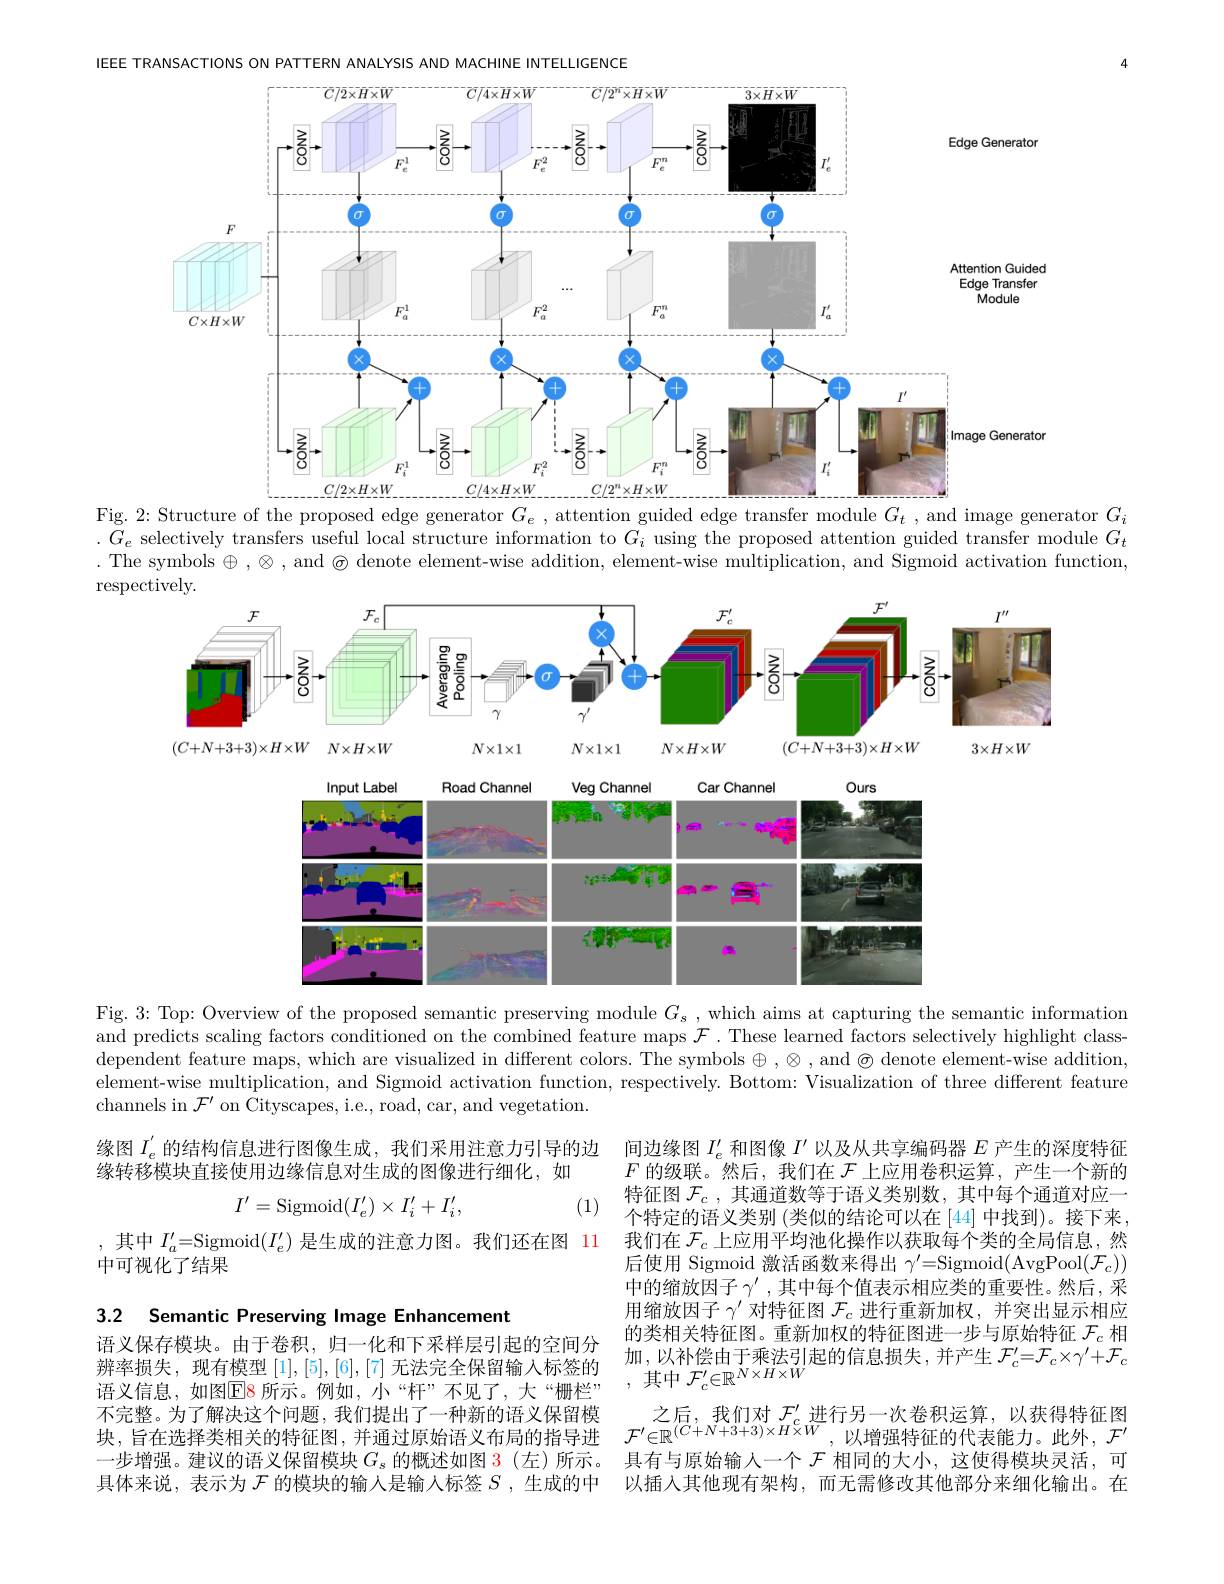
IEEE TRANSACTIONS ON PATTERN ANALYSIS AND MACHINE INTELLIGENCE
<FigureHere>
$\operatorname{Fig.}2{:}$Structure of the proposed edge generator $G_e$, attention guided edge transfer module $G_t$, and image generator $G_i$

$.G_e$ selectively transfers useful local structure information to $G_i$ using the proposed attention guided transfer module $G_t$ . The symbols $\oplus,\otimes$, and $\textcircled{\text{ denote element-wise addition, element-wise multiplication, and Sigmoid activation function}}$ respectively.

<FigureHere>

Fig. 3: Top: Overview of the proposed semantic preserving module $G_s$, which aims at capturing the semantic information and predicts scaling factors conditioned on the combined feature maps $\mathcal{F}.$ These learned factors selectively highlight classdependent feature maps, which are visualized in different colors. The symbols $\oplus,\otimes$, and $\textcircled{\:}$ denote element-wise addition, element-wise multiplication, and Sigmoid activation function, respectively. Bottom: Visualization of three different feature channels in $\mathcal{F}^\prime$ on Cityscapes, i.e., road, car, and vegetation.

缘图$I_e^{^{\prime}}$的结构信息进行图像生成，我们采用注意力引导的边
缘转移模块直接使用边缘信息对生成的图像进行细化，如
$$I'=\mathrm{Sigmoid}(I'_e)\times I'_i+I'_i,$$
(1)

,其中$I_a^{\prime}=$Sigmoid$(I_e^{\prime})$是生成的注意力图。我们还在图 11
中可视化了结果

间边缘图$I_e^{\prime}$和图像$I^\prime$以及从共享编码器$E$产生的深度特征$F$的级联。然后，我们在$\mathcal{F}$上应用卷积运算，产生一个新的特征图$\mathcal{F}_c$,其通道数等于语义类别数，其中每个通道对应一个特定的语义类别 (类似的结论可以在 [44] 中找到)。接下来， 我们在$\mathcal{F}_c$上应用平均池化操作以获取每个类的全局信息，然后使用 Sigmoid 激活函数来得出$\gamma^\prime=$Sigmoid(AvgPool$(\mathcal{F}_c))$ 中的缩放因子$\gamma^\prime$,其中每个值表示相应类的重要性。然后，采用缩放因子$\gamma^{\prime}$对特征图$\mathcal{F}_c$进行重新加权，并突出显示相应的类相关特征图。重新加权的特征图进一步与原始特征$\mathcal{F}_c$相加，以补偿由于乘法引起的信息损失，并产生$\mathcal{F}_c^\prime=\mathcal{F}_c\times\gamma^{\prime}+\mathcal{F}_c$
辨 率 损 失 , 现 有 模 型 $\left [ 1\right ] , \left [ 5\right ] , \left [ 6\right ] , \left [ 7\right ]$无 法 完 全 保 留 输 入 标 签 的 加 , 以 州 宏 田 丁 米 公 引 语 义 信 息 , 如 图 因 8 所 示 。例 如 , 小 “ 杆 ” 不 见 了 , 大 “ 栅 栏 ” , 其 中 $\mathcal{F} _c^{\prime }\in \mathbb{R} ^{N\times H\times W}$

3.2 Semantic Preserving Image Enhancement

语义保存模块。由于卷积，归一化和下采样层引起的空间分不完整。为了解决这个问题，我们提出了一种新的语义保留模块，旨在选择类相关的特征图，并通过原始语义布局的指导进一步增强。建议的语义保留模块$G_\mathrm{s}$的概述如图 3(左)所示。具体来说，表示为$\mathcal{F}$的模块的输入是输入标签$S$ ,生成的中

之后，我们对$\mathcal{F}_c^{\prime}$进行另一次卷积运算，以获得特征图$\mathcal{F}^{\prime}\in\mathbb{R}^{(C+N+3+3)\times H\times W}$,以增强特征的代表能力。此外，$\mathcal{F}^\prime$ 具有与原始输人一个$\mathcal{F}$相同的大小，这使得模块灵活，可以插入其他现有架构，而无需修改其他部分来细化输出。在